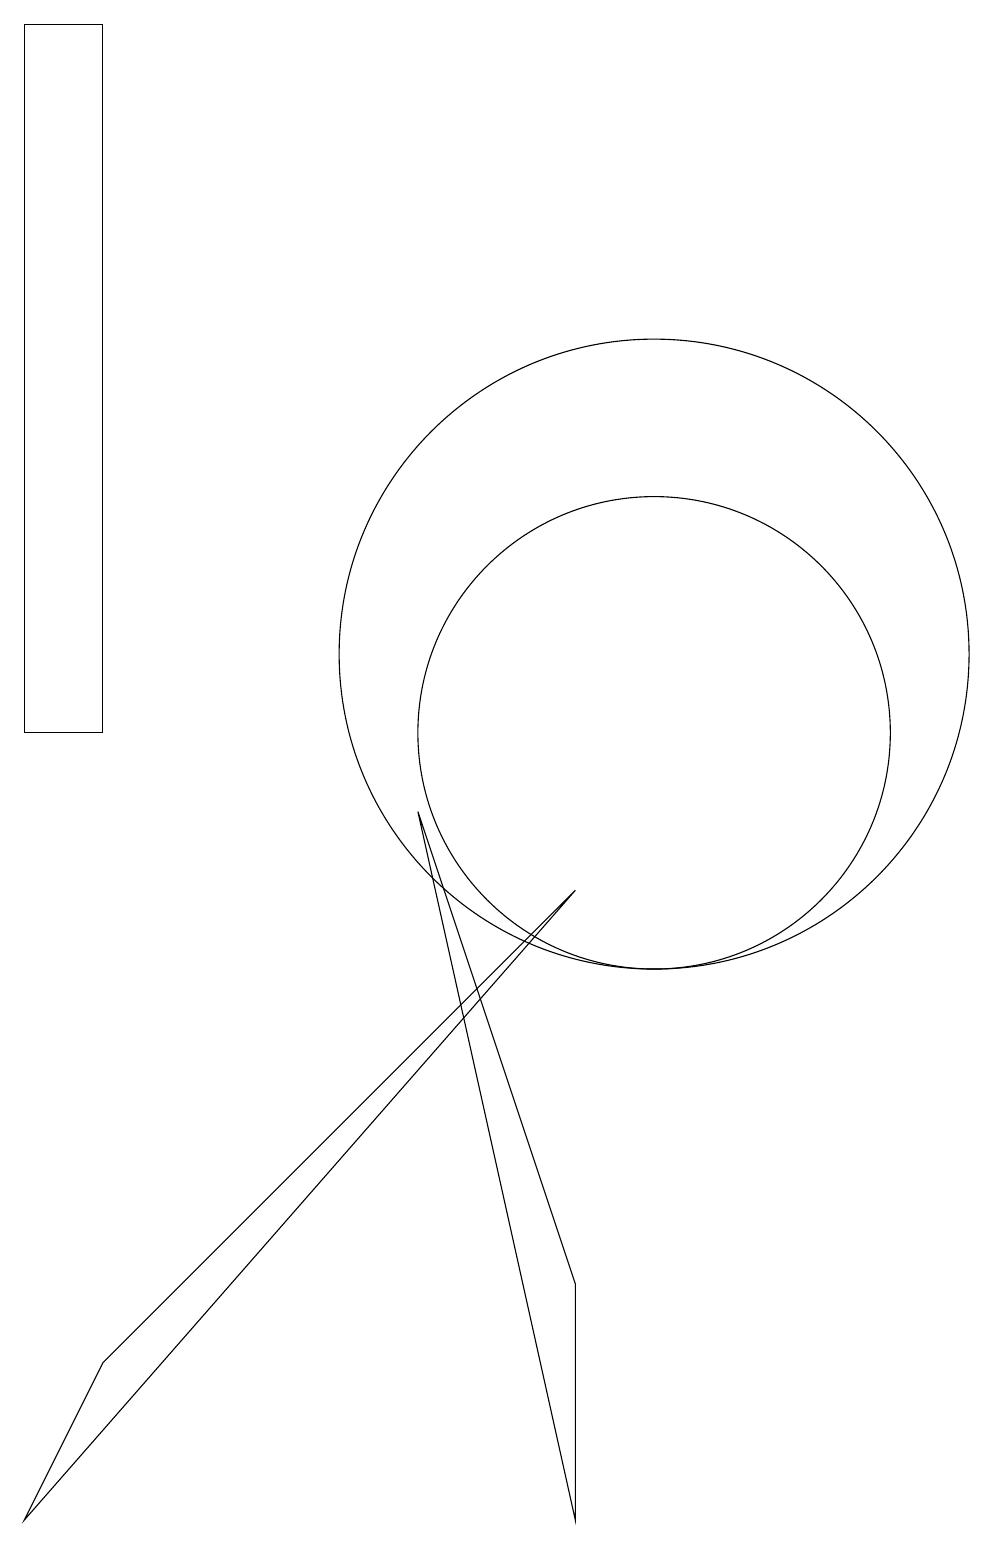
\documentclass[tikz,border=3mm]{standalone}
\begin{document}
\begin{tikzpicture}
\draw (9,0) -- (7,9) -- (9,3) -- cycle;
\draw (3,19) rectangle (2,10);
\draw (10,10) circle (3);
\draw (9,8) -- (2,0) -- (3,2) -- cycle;
\draw (10,11) circle (4);
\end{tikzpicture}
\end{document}